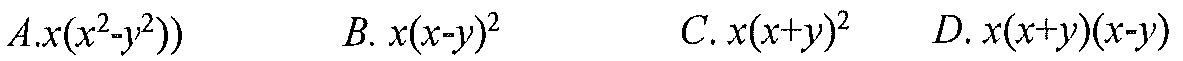
$A.x(x^{2}-y^{2}))\ \ \ \ \ B.\ x(x - y)^{2}\ \ \ \ \ C.\ x(x + y)^{2}\ \ \ \ D.\ x(x + y)(x - y)$